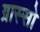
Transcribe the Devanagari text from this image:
ग्रास्सो